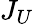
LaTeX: J_{U}